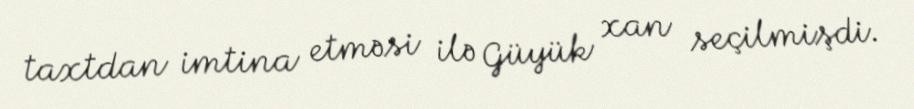
taxtdan imtina etməsi ilə Güyük xan seçilmişdi.